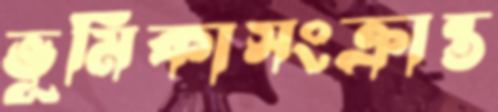
ভূমিকাসংক্রান্ত